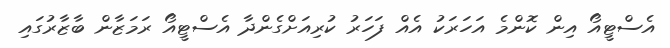
އެސްޓީއޯ އިން ކޮންމެ އަހަރަކު އެއް ފަހަރު ކުރިއަށްގެންދާ އެސްޓީއޯ ރަމަޒާން ބާޒާރުގައި